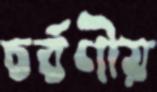
চর্বণীয়